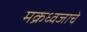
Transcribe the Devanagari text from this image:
मक्रध्वजाचे